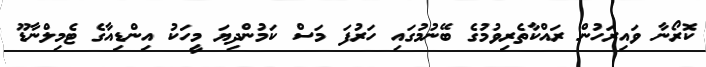
ކޮރޯނާ ވައިރަހުން ރައްކާތެރިވުމުގެ ބޭނުމުގައި ހަރުފަ މަސް ކަމުންދިޔަ މީހަކު އިންޑިއާގެ ޓެމިލްނާޑޫ